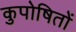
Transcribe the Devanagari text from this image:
कुपोषितों